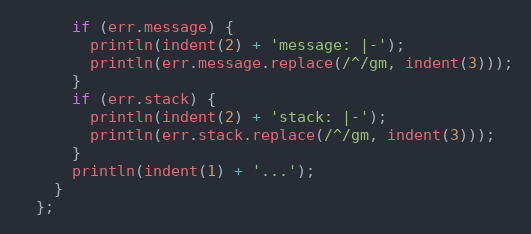
Language: JavaScript
      if (err.message) {
        println(indent(2) + 'message: |-');
        println(err.message.replace(/^/gm, indent(3)));
      }
      if (err.stack) {
        println(indent(2) + 'stack: |-');
        println(err.stack.replace(/^/gm, indent(3)));
      }
      println(indent(1) + '...');
    }
  };